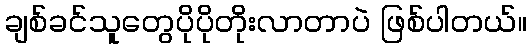
ချစ်ခင်သူတွေပိုပိုတိုးလာတာပဲ ဖြစ်ပါတယ်။